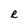
Character: R